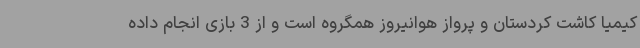
کیمیا کاشت کردستان و پرواز هوانیروز همگروه است و از 3 بازی انجام داده